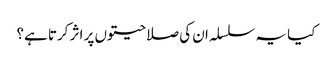
کیا یہ سلسلہ ان کی صلاحیتوں پر اثر کرتا ہے؟